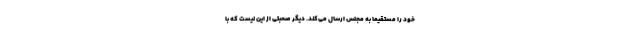
خود را مستقیماً به مجلس ارسال می‌کند. دیگر صحبتی از این نیست که با